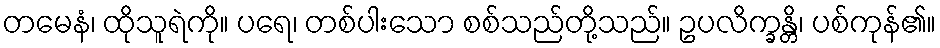
တမေနံ၊ ထိုသူရဲကို။ ပရေ၊ တစ်ပါးသော စစ်သည်တို့သည်။ ဥပလိက္ခန္တိ၊ ပစ်ကုန်၏။